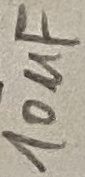
Text: 10µF